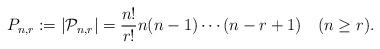
LaTeX: \begin{align*}P_{n,r}:=|\mathcal{P}_{n,r}|=\frac{n!}{r!}n(n-1)\cdots(n-r+1)\quad(n\ge r).\end{align*}